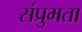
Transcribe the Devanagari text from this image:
संप्रुभता